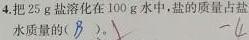
4.把$25\ g$盐溶化在$100\ g$水中,盐的质量占盐的()